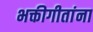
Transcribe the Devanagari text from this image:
भक्तीगीतांना